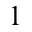
^ 1